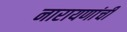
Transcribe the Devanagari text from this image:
नारायणांची